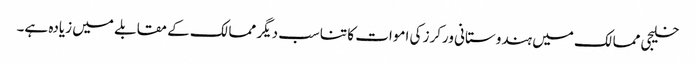
خلیجی ممالک میں ہندوستانی ورکرز کی اموات کا تناسب دیگر ممالک کے مقابلے میں زیادہ ہے۔